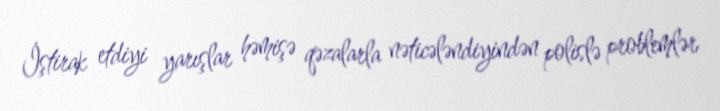
İştirak etdiyi yarışlar həmişə qəzalarla nəticələndiyindən polislə problemlər